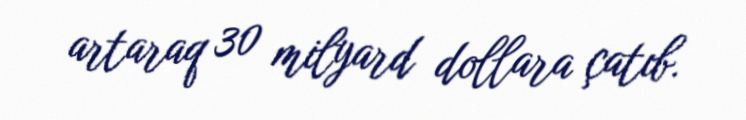
artaraq 30 milyard dollara çatıb.